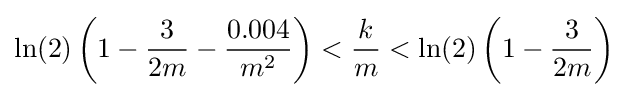
\ln(2)\left(1-{\frac {3}{2m}}-{\frac {0.004}{m^{2}}}\right)<{\frac {k}{m}}<\ln(2)\left(1-{\frac {3}{2m}}\right)